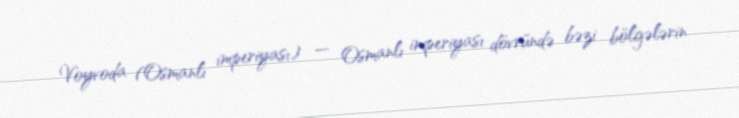
Voyvoda (Osmanlı imperiyası) — Osmanlı imperiyası dövründə bəzi bölgələrin